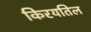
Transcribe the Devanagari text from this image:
किरयतिल